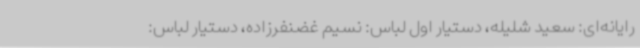
رایانه‌ای: سعید شلیله، دستیار اول لباس: نسیم غضنفرزاده، دستیار لباس: